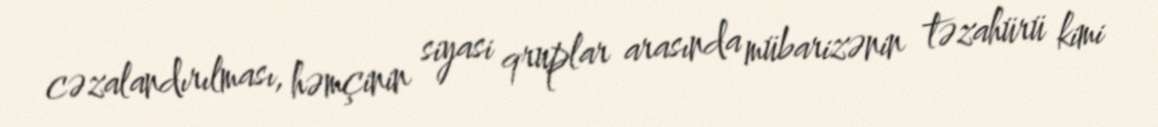
cəzalandırılması, həmçinin siyasi qruplar arasında mübarizənin təzahürü kimi